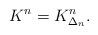
LaTeX: \begin{align*}K^n = K^n_{\Delta_n}.\end{align*}